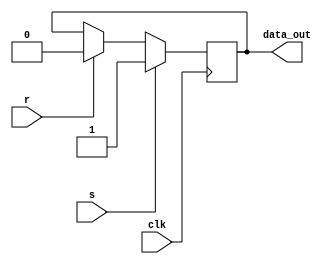
module reg_rs(clk, s, r, data_out);

input wire clk;
input wire s;
input wire r;
output reg data_out;

initial begin
	data_out <= 0;
end

always @ (posedge clk) begin
	if (s==1) begin
		data_out <= 1;
	end else if (r==1) begin
		data_out <= 0;
	end	
end

endmodule